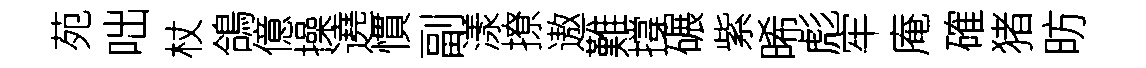
苑咄杖鴿億操遶慣副漾撩遨難撐碾紫晞彪牢庵確猪昉